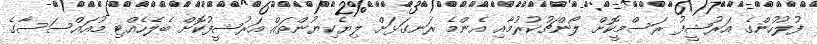
ފުލުހުންގެ އަރުޝީފު ރަސްމީކޮށް ލޯންޗުކުރުމާއި އެންމެ ރަނގަޅަށް ލިޔެކިޔުންތައް އަރުޝީފުކޮށް ބެލެހެއްޓި މުއައްސަސާގެ